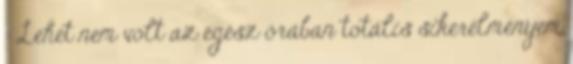
: Lehet nem volt az egész órában totális sikerélményem